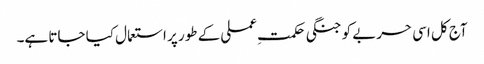
آج کل اسی حربے کو جنگی حکمتِ عملی کے طور پر استعمال کیا جاتا ہے۔